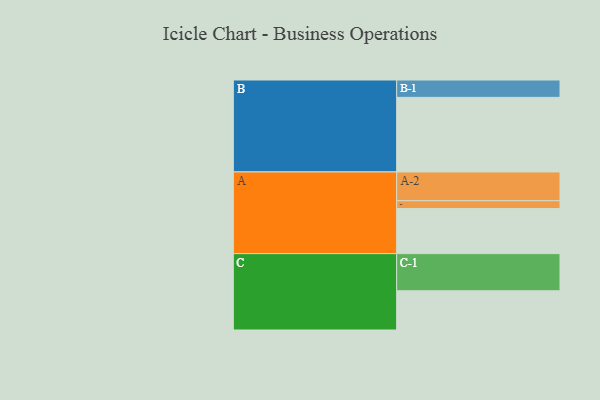
{"axis": {"x": "Segment", "y": "Value"}, "legend": ["", "A", "B", "C"], "data": [{"x": "A", "y": 350, "type": ""}, {"x": "B", "y": 580, "type": ""}, {"x": "C", "y": 305, "type": ""}, {"x": "A-1", "y": 61, "type": "A"}, {"x": "A-2", "y": 224, "type": "A"}, {"x": "B-1", "y": 135, "type": "B"}, {"x": "C-1", "y": 289, "type": "C"}]}